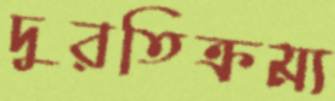
দুরতিক্রম্য